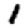
Digit: 1